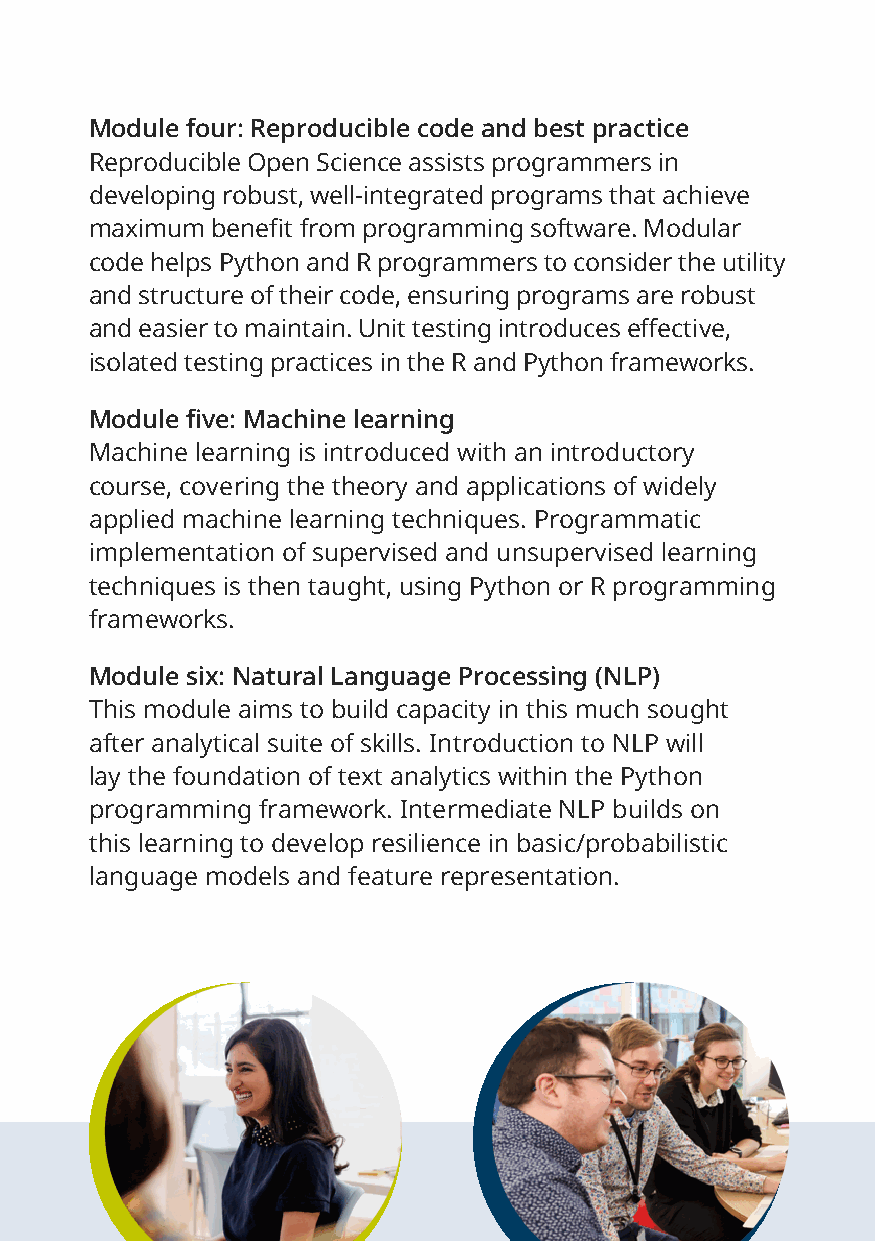
Module four: Reproducible code and best practice
 Reproducible Open Science assists programmers in
 developing robust, well-integrated programs that achieve
 maximum benefit from programming software. Modular
 code helps Python and R programmers to consider the utility
 and structure of their code, ensuring programs are robust
 and easier to maintain. Unit testing introduces effective,
 isolated testing practices in the R and Python frameworks.
 Module five: Machine learning
 Machine learning is introduced with an introductory
 course, covering the theory and applications of widely
 applied machine learning techniques. Programmatic
 implementation of supervised and unsupervised learning
 techniques is then taught, using Python or R programming
 frameworks.
 Module six: Natural Language Processing (NLP)
 This module aims to build capacity in this much sought
 after analytical suite of skills. Introduction to NLP will
 lay the foundation of text analytics within the Python
 programming framework. Intermediate NLP builds on
 this learning to develop resilience in basic/probabilistic
 language models and feature representation.